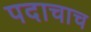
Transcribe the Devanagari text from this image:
पदाचाच